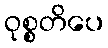
ဝုစ္စတိပေ